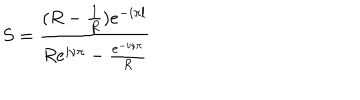
LaTeX: S = \frac { ( R - \frac { 1 } { R } ) e ^ { - i \pi l } } { R e ^ { i \nu \pi } - \frac { e ^ { - i \nu \pi } } { R } }